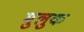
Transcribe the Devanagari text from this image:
मुलुक